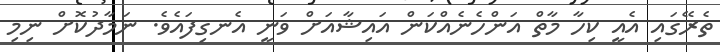
ތެރޭގައި އެއީ ކިހާ މާތް އަންހެނެއްކަން އައިޝާއަށް ވަނީ އެނގިފައެވެ. ނަމާދުކޮށް ނިމި